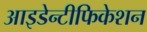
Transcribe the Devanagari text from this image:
आइडेन्टीफिकेशन